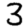
Digit: 3